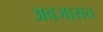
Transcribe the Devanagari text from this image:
अवजारात